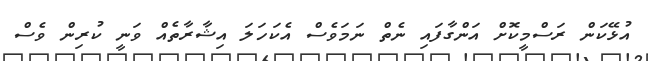
އުޅޭކަން ރަސްމީކޮށް އަންގާފައި ނެތް ނަމަވެސް އެކަހަލަ އިޝާރާތެއް ވަނީ ކުރިން ވެސް